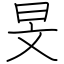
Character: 旻